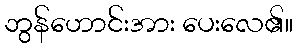
ဘွန်ဟောင်းအား ပေးလေ၏။